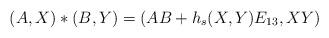
LaTeX: \begin{align*}(A, X) \ast (B, Y) = (AB + h_s(X,Y)E_{13}, XY) \end{align*}